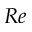
R e